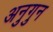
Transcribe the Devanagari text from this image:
अनुगुन